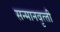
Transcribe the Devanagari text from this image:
सन्‍मानवृत्‍ती